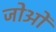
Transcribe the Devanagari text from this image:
जोओं